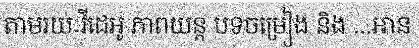
តាមរយៈវីដេអូ ភាពយន្ត បទចម្រៀង និង ...អាន